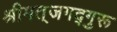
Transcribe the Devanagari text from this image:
श्रीमत्‌जगद्गुरू